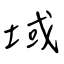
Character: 域